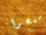
اسمحوا